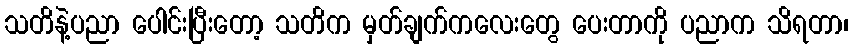
သတိနဲ့ပညာ ပေါင်းပြီးတော့ သတိက မှတ်ချက်ကလေးတွေ ပေးတာကို ပညာက သိရတာ၊